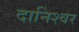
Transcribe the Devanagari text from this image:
दानिश्वर